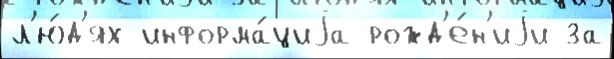
л'ю́д'ях информа́циjа рожд'е́н'иjи за